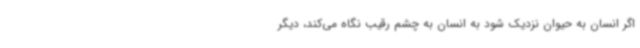
اگر انسان به حیوان نزدیک شود به انسان به چشم رقیب نگاه می‌کند، دیگر